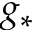
g _ { * }